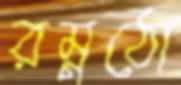
রম্নঠো